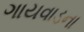
ગાયવાડના